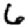
Digit: 6